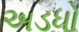
અડધો